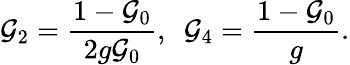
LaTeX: {\cal G}_{2}=\frac{1-{\cal G}_{0}}{2g{\cal G}_{0}},~~{\cal G}_{4}=\frac{1-{\cal G}_{0}}{g}.